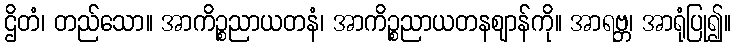
ဌိတံ၊ တည်သော။ အာကိဉ္စညာယတနံ၊ အာကိဉ္စညာယတနဈာန်ကို။ အာရဗ္ဘ၊ အာရုံပြု၍။